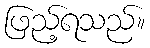
ဖြည့်ရသည်။